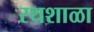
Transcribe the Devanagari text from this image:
रथशाळा